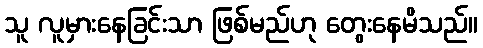
သူ လူမှားနေခြင်းသာ ဖြစ်မည်ဟု တွေးနေမိသည်။